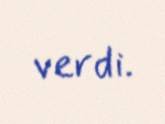
verdi.